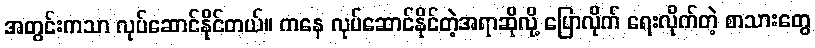
အတွင်းကသာ လုပ်ဆောင်နိုင်တယ်။ ကနေ လုပ်ဆောင်နိုင်တဲ့အရာဆိုလို့ ပြောလိုက် ရေးလိုက်တဲ့ စာသားတွေ